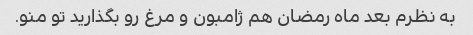
به نظرم بعد ماه رمضان هم ژامبون و مرغ رو بگذارید تو منو.